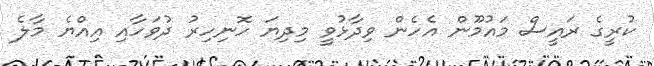
ކުރީގެ ރައީސް މައުމޫން އެހެން ވިދާޅުވީ މިދިޔަ ހޮނިހިރު ދުވަހާއި އިއްޔެ މާލެ